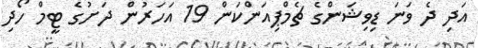
އަދި ދެ ވަނަ ޑިވިޝަންގެ ޗެމްޕިއަންކަން 19 އަހަރުން ދަށުގެ ޓީމް ހޯދި